Indian journal of veterinary science and animal husbandry - Volumes 18-21, 1948-1951
Year: 1948
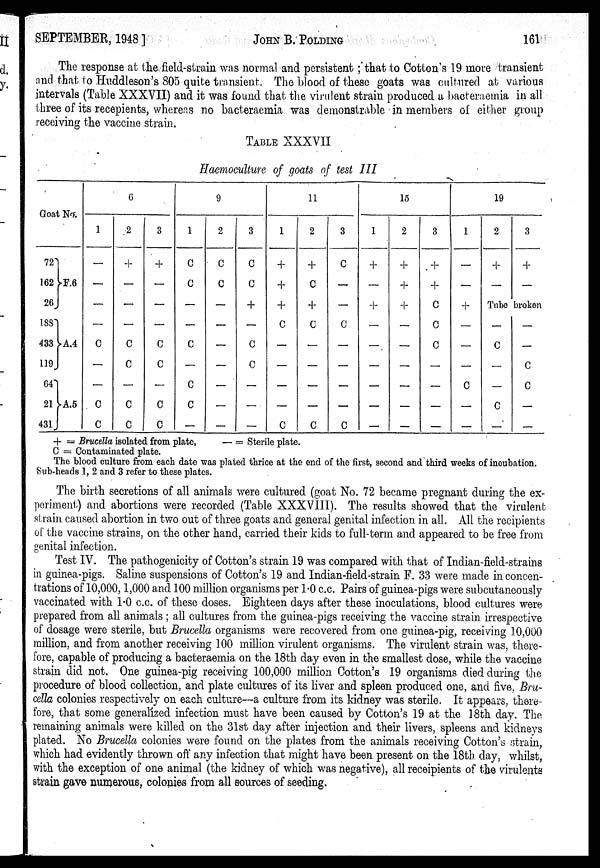
SEPTEMBER 1948]
JOHN
B.
POLDING
161
The response at the field-strain was normal and persistent; that to Cotton's 19 more transient
and that to Huddleson's 805 quite transient. The blood of these goats was cultured at various
intervals (Table XXXVII) and it was found that the virulent strain produced a bacteraemia in all
three of its recepients, whereas no bacteraemia was demonstrable in members of either group
receiving the vaccine strain.
TABLE XXXVII
Haemoculture of goats of test III
Goat No.
72
162
26
188
433
119
64
21
431
F.6
A.4
A.5
6
1
—
—
—
—
C
—
—
C
C
2
+
—
—
—
C
C
—
C
C
3
+
—
—
—
C
C
—
C
C
9
1
C
C
—
—
C
—
C
C
—
2
C
C
—
—
—
—
—
—
—
3
C
C
+
—
C
C
—
—
—
11
1
+
+
+
C
—
—
—
—
C
2
+
C
+
C
—
—
—
—
C
3
C
—
—
C
—
—
—
—
C
15
1
+
—
+
—
—
—
—
—
—
2
+
+
+
—
—
—
—
—
—
3
+
+
C
C
C
—
—
—
—
19
1
—
—
+
—
—
— C
—
—
2
+
—
3
+
—
Tube broken
—
C
—
—
C
—
—
—
C
C
—
—
+ = Brucella isolated from plate,
— = Sterile plate.
C = Contaminated plate.
The blood culture from each date was plated thrice at the end of the first, second and third weeks of incubation.
Sub-heads 1, 2 and 3 refer to these plates.
The birth secretions of all animals were cultured (goat No. 72 became pregnant during the ex-
periment) and abortions were recorded (Table XXXVIII). The results showed that the virulent
strain caused abortion in two out of three goats and general genital infection in all. All the recipients
of the vaccine strains, on the other hand, carried their kids to full-term and appeared to be free from
genital infection.
Test IV. The pathogenicity of Cotton's strain 19 was compared with that of Indian-field-strains
in guinea-pigs. Saline suspensions of Cotton's 19 and Indian-field-strain F. 33 were made in concen-
trations of 10,000, 1,000 and 100 million organisms per 1.0 c.c. Pairs of guinea-pigs were subcutaneously
vaccinated with 1.0 c.c. of these doses. Eighteen days after these inoculations, blood cultures were
prepared from all animals ; all cultures from the guinea-pigs receiving the vaccine strain irrespective
of dosage were sterile, but Brucella organisms were recovered from one guinea-pig, receiving 10,000
million, and from another receiving 100 million virulent organisms. The virulent strain was, there-
fore, capable of producing a bacteraemia on the 18th day even in the smallest dose, while the vaccine
strain did not. One guinea-pig receiving 100,000 million Cotton's 19 organisms died during the
procedure of blood collection, and plate cultures of its liver and spleen produced one, and five, Bru-
cella colonies respectively on each culture—a culture from its kidney was sterile. It appears, there-
fore, that some generalized infection must have been caused by Cotton's 19 at the 18th day. The
remaining animals were killed on the 31st day after injection and their livers, spleens and kidneys
plated. No Brucella colonies were found on the plates from the animals receiving Cotton's strain,
which had evidently thrown off any infection that might have been present on the 18th. day, whilst,
with the exception of one animal (the kidney of which was negative), all receipients of the virulents
strain gave numerous, colonies from all sources of seeding.